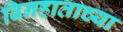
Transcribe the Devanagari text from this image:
बिनहाताच्या